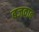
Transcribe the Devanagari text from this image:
बजवाब